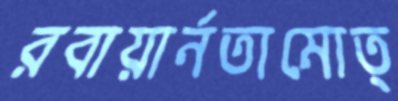
রবায়ার্নতামোত্